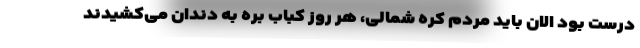
درست بود الان باید مردم کره شمالی، هر روز کباب بره به دندان می‌کشیدند